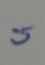
=